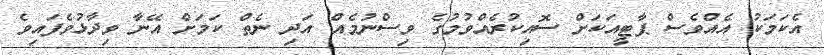
އެކަމަކު އެއްވެސް ޕާޓީއަކަށް ސޮއިކުރެއްވުމުގެ ވިސްނުމެއް އަދި ނެތް ކަމަށް އޭނާ ވިދާޅުވެފައިވެ